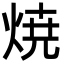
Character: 焼